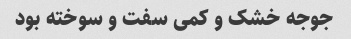
جوجه خشک و کمی سفت و سوخته بود